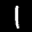
Label: 1